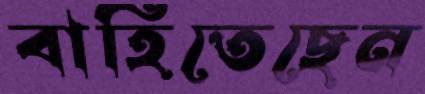
বাহিতেছেন